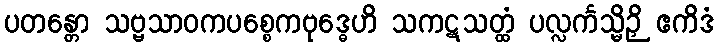
ပတန္တော သဗ္ဗသာဝကပစ္စေကဗုဒ္ဓေဟိ သကဋသတ္ထံ ပလ္လင်္ကသ္မိဉှိ ဧကိဒံ